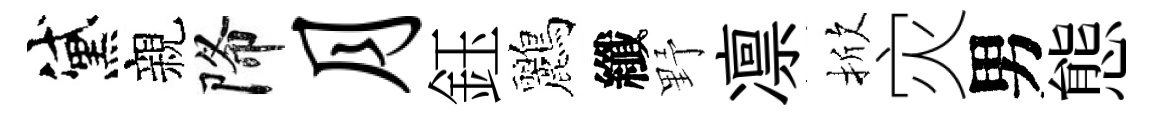
黛親降月鈺鸝纖野凛掀灾男態